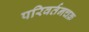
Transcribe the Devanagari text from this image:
परिवर्तनचक्र